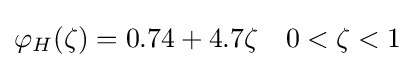
\varphi _{H}(\zeta )=0.74+4.7\zeta \quad 0<\zeta <1